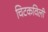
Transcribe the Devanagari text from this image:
चिटकविली